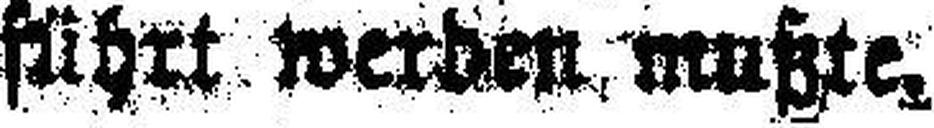
führt werden mußte.